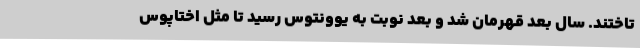
تاختند. سال بعد قهرمان شد و بعد نوبت به یوونتوس رسید تا مثل اختاپوس